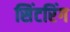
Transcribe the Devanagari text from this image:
सिंटरिंग